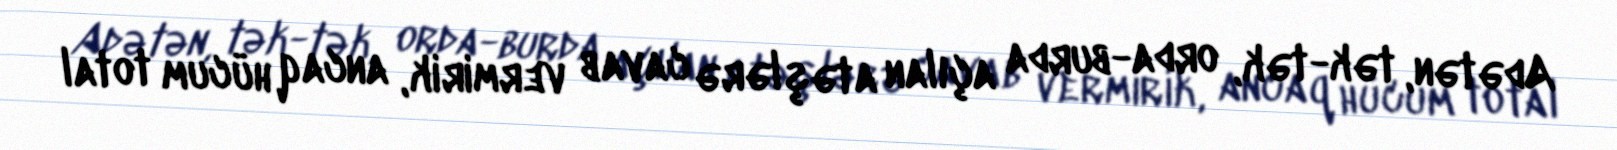
Adətən, tək-tək, orda-burda açılan atəşlərə cavab vermirik, ancaq hücum total